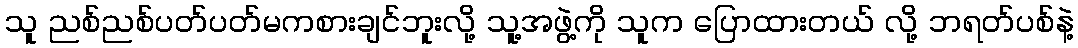
သူ ညစ်ညစ်ပတ်ပတ်မကစားချင်ဘူးလို့ သူ့အဖွဲ့ကို သူက ပြောထားတယ် လို့ ဘရတ်ပစ်နဲ့